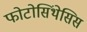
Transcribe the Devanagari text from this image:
फोटोसिंथेसिस